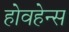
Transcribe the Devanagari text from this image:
होवहेन्स